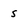
Character: s